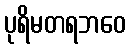
ပုရိမတရဘဝေ